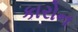
કારોન